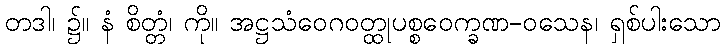
တဒါ၊ ၌။ နံ စိတ္တံ၊ ကို။ အဋ္ဌသံဝေဂဝတ္ထုပစ္စဝေက္ခဏ-ဝသေန၊ ရှစ်ပါးသော